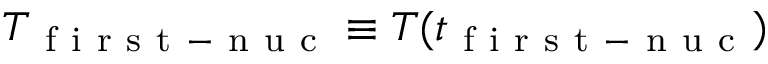
T _ { \mathrm { ~ f ~ i ~ r ~ s ~ t ~ - ~ n ~ u ~ c ~ } } \equiv T ( t _ { \mathrm { ~ f ~ i ~ r ~ s ~ t ~ - ~ n ~ u ~ c ~ } } )